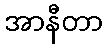
အာနီတာ